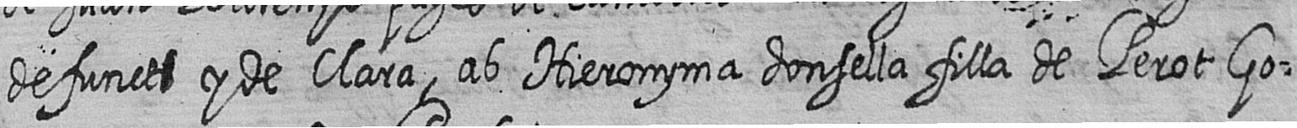
defunct# y de Clara ab Hieronyma donsella filla de Perot Go=